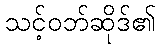
သင့်ဝဘ်ဆိုဒ်၏